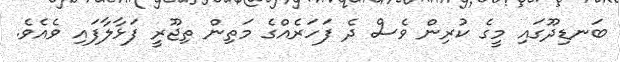
ބަނޑިދޫގައި މީގެ ކުރިން ވެސް ދެ ފަހަރެއްގެ މަތިން ތިޖޫރީ ފަޅާލާފައި ވެއެވެ.